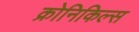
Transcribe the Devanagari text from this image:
क्रोनिकिल्स